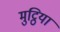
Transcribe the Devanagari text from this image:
मुट्ठियां